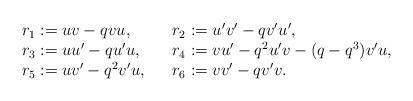
LaTeX: \begin{align*}\begin{array}{lll}r_1 := uv - qvu , &&r_2 := u'v' - qv'u',\\r_3 := uu'- q u'u, &&r_4 := vu' - q^2 u'v - (q - q^3) v'u,\\r_5 := uv' - q^2 v'u, &&r_6 := vv' - q v'v .\end{array}\end{align*}